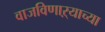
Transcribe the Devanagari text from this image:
वाजविणाऱ्याच्या